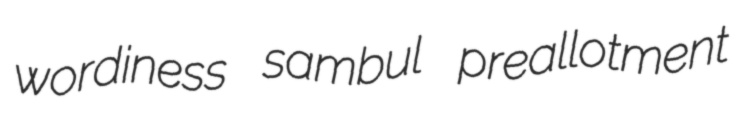
wordiness sambul preallotment